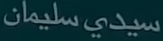
سيدى سليمان